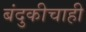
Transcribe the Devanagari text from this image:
बंदुकीचाही